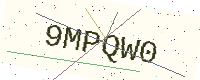
Text: 9MPQW0